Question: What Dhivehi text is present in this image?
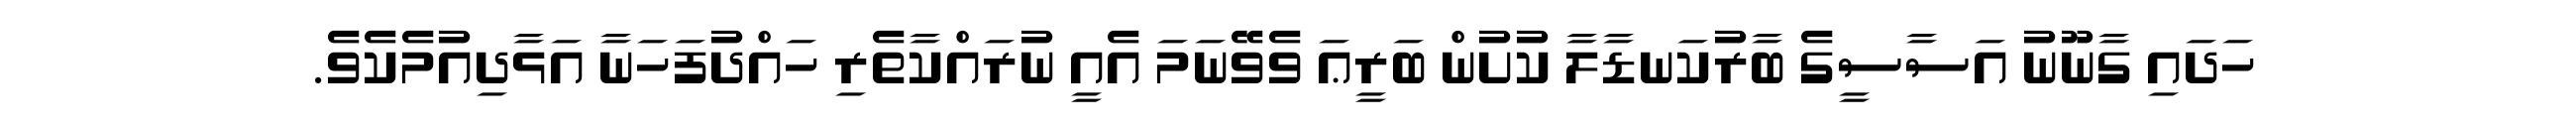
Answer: ހަދައި ގާނޫނު އަސާސީގެ ބާރުކަނޑާލާ ކުށުން ބަރީޢަ ވެވޭނަމަ އެއީ ނުރައްކާތެރި ހައްދުފަހަނާ އަޅާދިއުމެކެވެ.